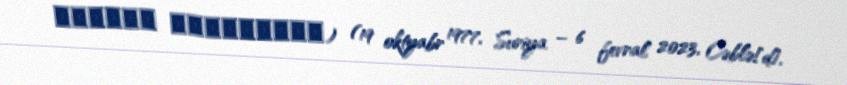
نَادِر جُوخَدَار) (19 oktyabr 1977, Suriya – 6 fevral 2023, Cəblə[d],